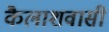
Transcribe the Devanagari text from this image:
कैलाशवासी